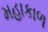
મહાકાળ